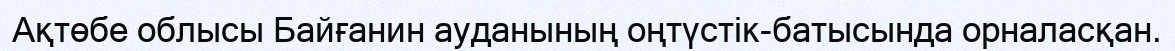
Ақтөбе облысы Байғанин ауданының оңтүстік-батысында орналасқан.